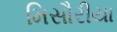
મિસૌરીયા